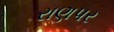
રાણપર